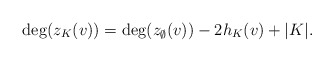
\begin{align*}\deg(z_K(v))=\deg(z_{\emptyset}(v))-2h_K(v)+|K|.\end{align*}